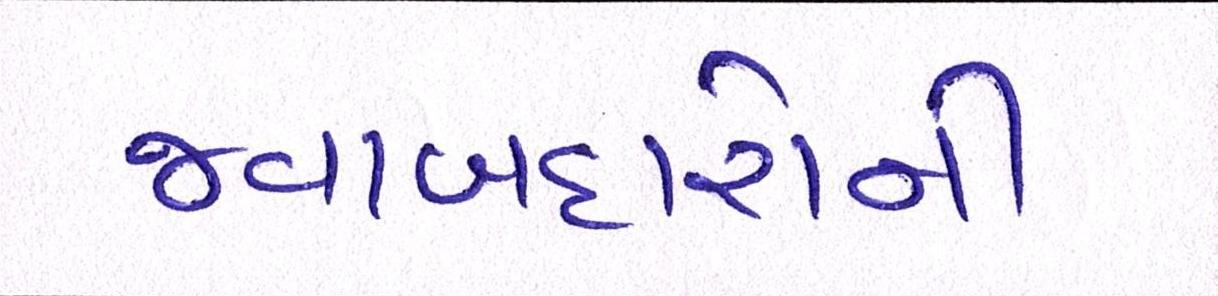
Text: જવાબદારોની